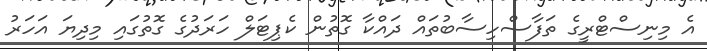
އެ މިނިސްޓްރީގެ ތަފާސްހިސާބުތައް ދައްކާ ގޮތުން ކެޕިޓަލް ހަރަދުގެ ގޮތުގައި މިދިޔަ އަހަރު